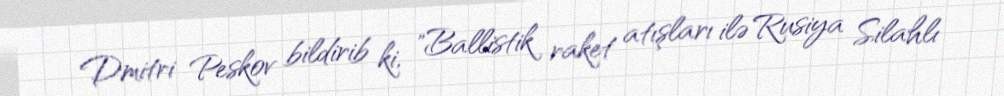
Dmitri Peskov bildirib ki, "Ballistik raket atışları ilə Rusiya Silahlı